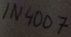
Text: 1N4007